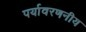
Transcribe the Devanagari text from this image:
पर्यावरणनीय